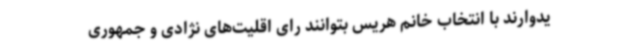
یدوارند با انتخاب خانم هریس بتوانند رای اقلیت‌های نژادی و جمهوری‌